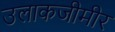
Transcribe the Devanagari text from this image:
उलाकजीमीर